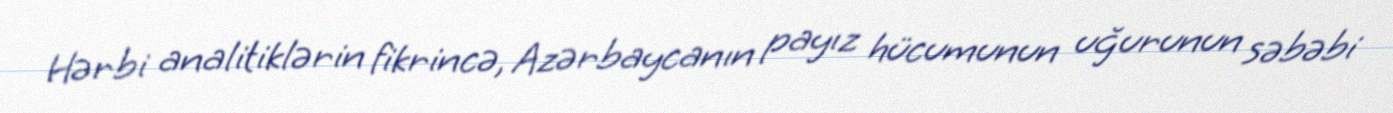
Hərbi analitiklərin fikrincə, Azərbaycanın payız hücumunun uğurunun səbəbi